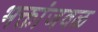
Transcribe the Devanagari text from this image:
भक्तांजवळ